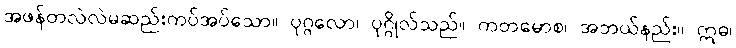
အဖန်တလဲလဲမဆည်းကပ်အပ်သော။ ပုဂ္ဂလော၊ ပုဂ္ဂိုလ်သည်။ ကတမောစ၊ အဘယ်နည်း။ ဣဓ၊